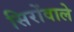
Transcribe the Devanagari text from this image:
सिरोंवाले